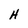
Character: H